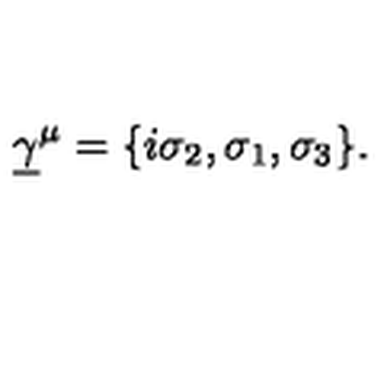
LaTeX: \underline { { \gamma } } ^ { \mu } = \{ i \sigma _ { 2 } , \sigma _ { 1 } , \sigma _ { 3 } \} .